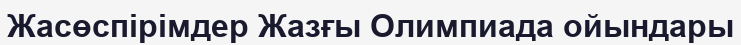
Жасөспірімдер Жазғы Олимпиада ойындары